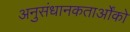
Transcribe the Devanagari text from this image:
अनुसंधानकतार्ओंको